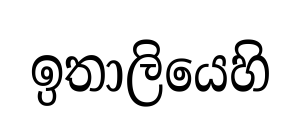
ඉතාලියෙහි